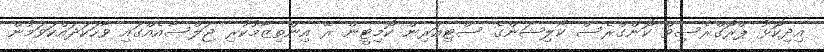
އިދިކޮޅު ޕްރޮގްރެސިވް ކޮންގްރެސް ކޯލިޝަންގެ ސްޓިއަރިން ކޮމިޓީން ރޭ އިންތިޒާމުކުރި ޖަލްސާއެއްގައި ވާހަކަދައްކަވަމުން